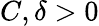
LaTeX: C,\delta>0